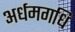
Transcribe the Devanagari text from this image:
अर्धमगधि